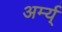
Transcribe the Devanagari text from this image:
अर्म्य्